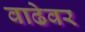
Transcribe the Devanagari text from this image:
वाढेवर